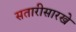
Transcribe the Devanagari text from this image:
सतारीसारखे